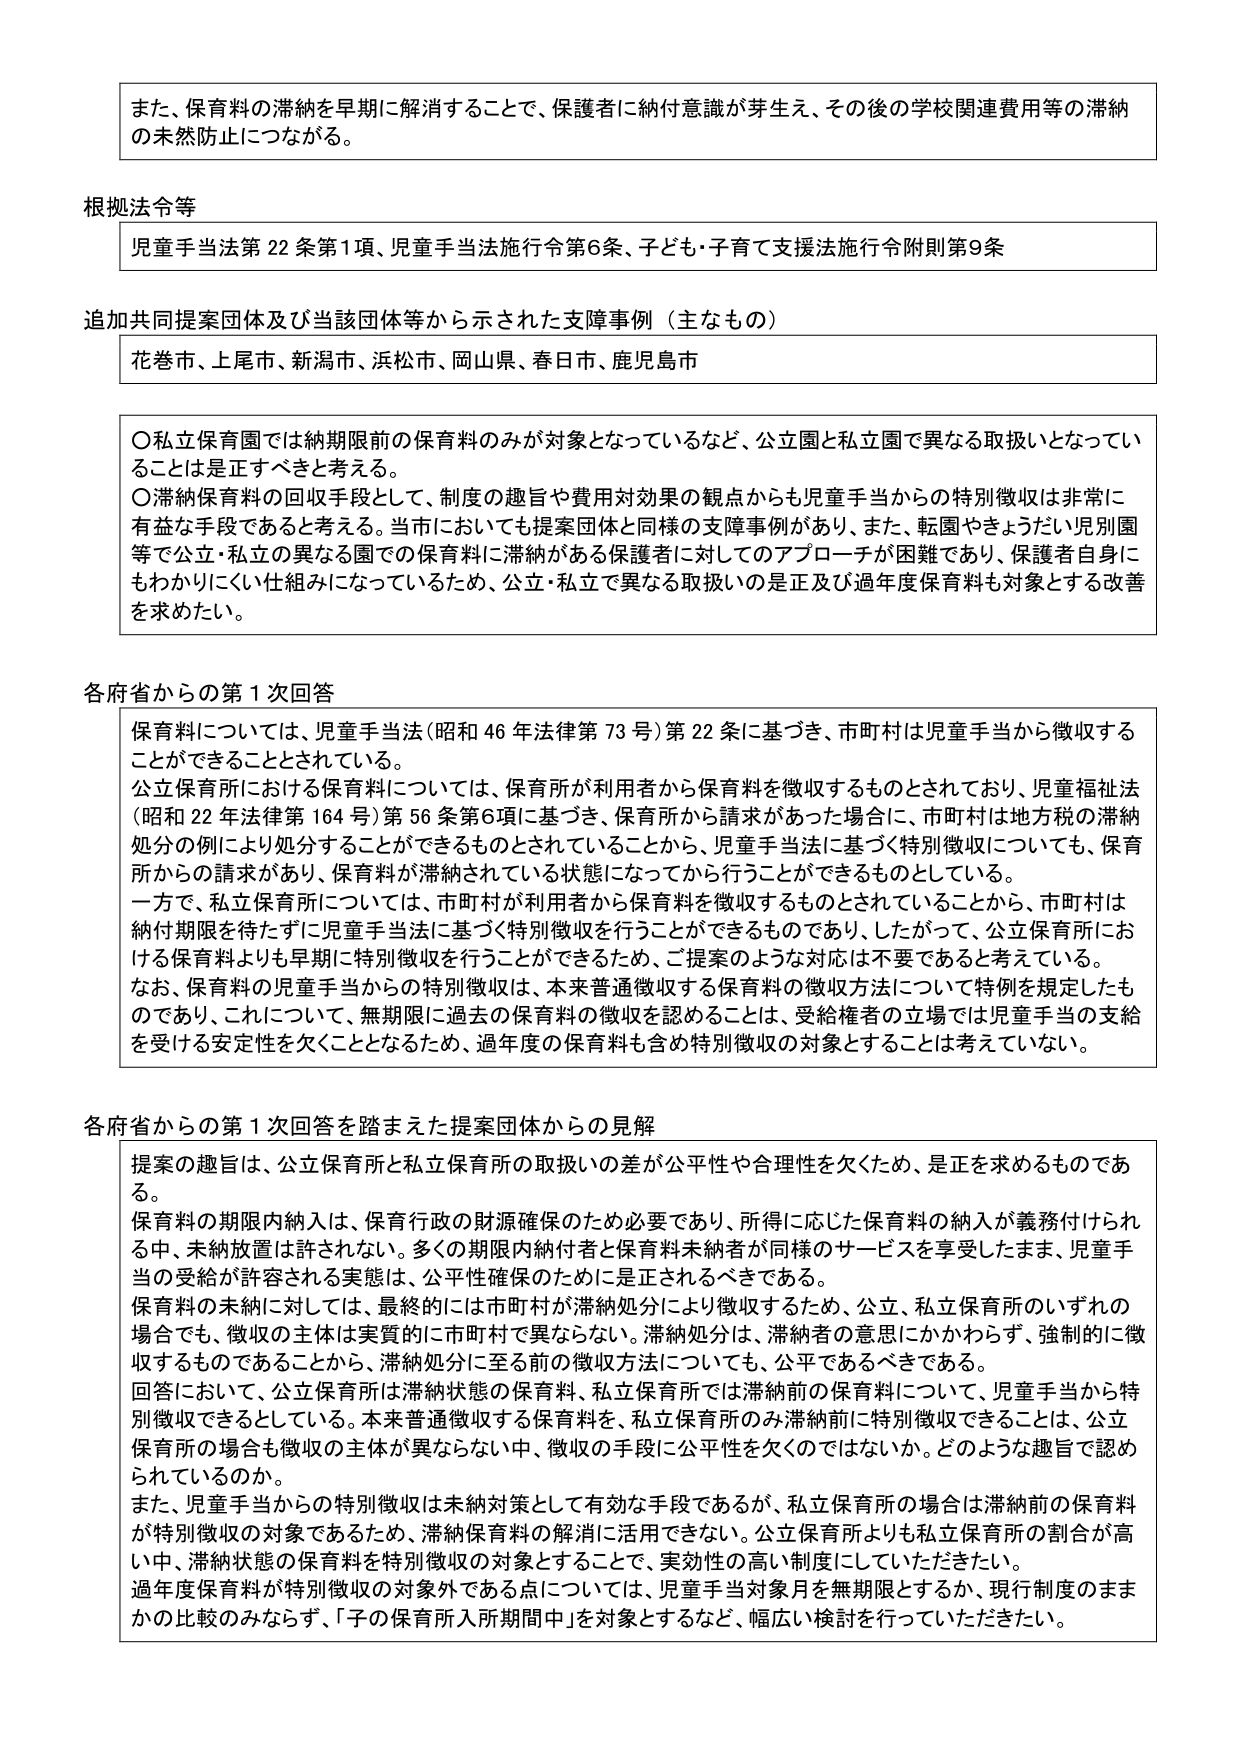
また、保育料の滞納を早期に解消することで、保護者に納付意識が芽生え、その後の学校関連費用等の滞納の未然防止につながる。

根拠法令等
児童手当法第22条第1項、児童手当法施行令第6条、子ども・子育て支援法施行令附則第9条

追加共同提案団体及び当該団体等から示された支障事例（主なもの）
花巻市、上尾市、新潟市、浜松市、岡山県、春日市、鹿児島市

〇私立保育園では納期限前の保育料のみが対象となっているなど、公立園と私立園で異なる取扱いとなっていることは是正すべきと考える。
〇滞納保育料の回収手段として、制度の趣旨や費用対効果の観点からも児童手当からの特別徴収は非常に有益な手段であると考える。当市においても提案団体と同様の支障事例があり、また、転園やきょうだい児別園等で公立・私立の異なる園での保育料に滞納がある保護者に対してのアプローチが困難であり、保護者自身にもわかりにくい仕組みになっているため、公立・私立で異なる取扱いの是正及び過年度保育料も対象とする改善を求めたい。

各府省からの第1次回答
保育料については、児童手当法（昭和46年法律第73号）第22条に基づき、市町村は児童手当から徴収することができる 것으로されている。
公立保育所における保育料については、保育所が利用者から保育料を徴収するものとされており、児童福祉法（昭和22年法律第164号）第56条第6項に基づき、保育所から請求があった場合に、市町村は地方税の滞納処分の例により処分することができるものとされていることから、児童手当法に基づく特別徴収についても、保育所からの請求があり、保育料が滞納されている状態になってから行うことができるものとしている。
一方で、私立保育所については、市町村が利用者から保育料を徴収するものとされていることから、市町村は納付期限を待たずに児童手当法に基づく特別徴収を行うことができるものであり、したがって、公立保育所における保育料よりも早期に特別徴収を行うことができるため、ご提案のような対応は不要であると考えている。
なお、保育料の児童手当からの特別徴収は、本来普通徴収する保育料の徴収方法について特例を規定したものであり、これについて、無期限に過去の保育料の徴収を認めることは、受給権者の立場では児童手当の支給を受ける安定性を欠くこととなるため、過年度の保育料も含め特別徴収の対象とすることは考えていない。

各府省からの第1次回答を踏まえた提案団体からの見解
提案の趣旨は、公立保育所と私立保育所の取扱いの差が公平性や合理性を欠くため、是正を求めるものである。
保育料の期限内納入は、保育行政の財源確保のため必要であり、所得に応じた保育料の納入が義務付けられる中、未納放置は許されない。多くの期限内納付者と保育料未納者が同様のサービスを享受したまま、児童手当の受給が許容される実態は、公平性確保のために是正されるべきである。
保育料の未納に対しては、最終的には市町村が滞納処分により徴収するため、公立、私立保育所のいずれの場合でも、徴収の主体は実質的に市町村で異ならない。滞納処分は、滞納者の意思にかかわらず、強制的に徴収するものであることから、滞納処分に至る前の徴収方法についても、公平であるべきである。
回答において、公立保育所は滞納状態の保育料、私立保育所では滞納前の保育料について、児童手当から特別徴収できるとしている。本来普通徴収する保育料を、私立保育所のみ滞納前に特別徴収できることは、公立保育所の場合も徴収の主体が異ならない中、徴収の手段に公平性を欠くのではないか。どのような趣旨で認められているのか。
また、児童手当からの特別徴収は未納対策として有効な手段であるが、私立保育所の場合は滞納前の保育料が特別徴収の対象であるため、滞納保育料の解消に活用できない。公立保育所よりも私立保育所の割合が高い中、滞納状態の保育料を特別徴収の対象とすることで、実効性の高い制度にしていただきたい。
過年度保育料が特別徴収の対象外である点については、児童手当対象月を無期限とするか、現行制度のままかの比較のみならず、「子の保育所入所期間中」を対象とするなど、幅広い検討を行っていただきたい。